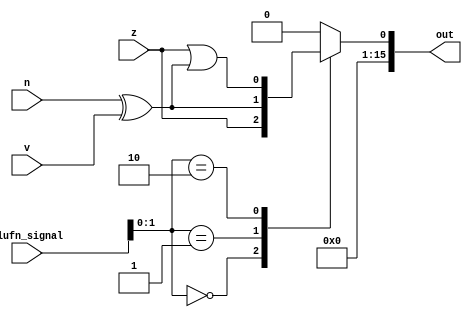
/*
   This file was generated automatically by Alchitry Labs version 1.2.7.
   Do not edit this file directly. Instead edit the original Lucid source.
   This is a temporary file and any changes made to it will be destroyed.
*/

module comparator_16 (
    input [2:0] alufn_signal,
    input z,
    input n,
    input v,
    output reg [15:0] out
  );
  
  
  
  always @* begin
    out = 16'h0000;
    
    case (alufn_signal[0+1-:2])
      default: begin
        out[0+0-:1] = 1'h0;
      end
      2'h0: begin
        out[0+0-:1] = z;
      end
      2'h1: begin
        out[0+0-:1] = n ^ v;
      end
      2'h2: begin
        out[0+0-:1] = z | (n ^ v);
      end
    endcase
  end
endmodule